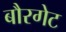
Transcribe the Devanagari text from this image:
बौरगेट